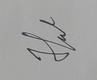
Signature authenticity: genuine